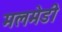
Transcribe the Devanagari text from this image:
मलमेडी